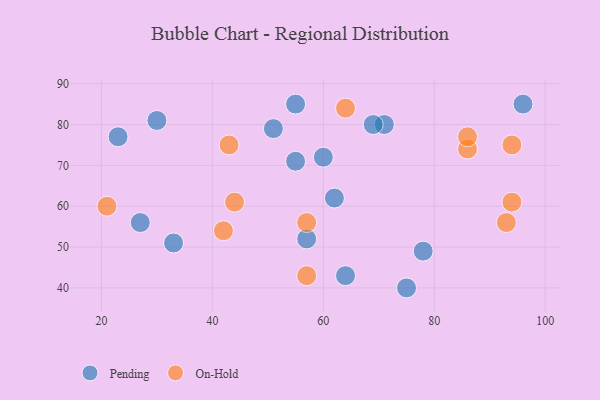
{"axis": {"x": "GDP", "y": "Life Expectancy"}, "legend": ["On-Hold", "Pending"], "data": [{"x": "60", "y": 72, "type": "Pending"}, {"x": "71", "y": 80, "type": "Pending"}, {"x": "55", "y": 71, "type": "Pending"}, {"x": "33", "y": 51, "type": "Pending"}, {"x": "27", "y": 56, "type": "Pending"}, {"x": "23", "y": 77, "type": "Pending"}, {"x": "62", "y": 62, "type": "Pending"}, {"x": "78", "y": 49, "type": "Pending"}, {"x": "96", "y": 85, "type": "Pending"}, {"x": "57", "y": 52, "type": "Pending"}, {"x": "64", "y": 43, "type": "Pending"}, {"x": "69", "y": 80, "type": "Pending"}, {"x": "30", "y": 81, "type": "Pending"}, {"x": "75", "y": 40, "type": "Pending"}, {"x": "51", "y": 79, "type": "Pending"}, {"x": "55", "y": 85, "type": "Pending"}, {"x": "93", "y": 56, "type": "On-Hold"}, {"x": "94", "y": 75, "type": "On-Hold"}, {"x": "42", "y": 54, "type": "On-Hold"}, {"x": "57", "y": 56, "type": "On-Hold"}, {"x": "57", "y": 43, "type": "On-Hold"}, {"x": "86", "y": 74, "type": "On-Hold"}, {"x": "94", "y": 61, "type": "On-Hold"}, {"x": "43", "y": 75, "type": "On-Hold"}, {"x": "21", "y": 60, "type": "On-Hold"}, {"x": "64", "y": 84, "type": "On-Hold"}, {"x": "44", "y": 61, "type": "On-Hold"}, {"x": "86", "y": 77, "type": "On-Hold"}]}